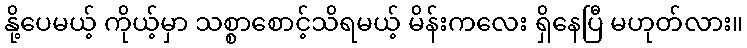
နို့ပေမယ့် ကိုယ့်မှာ သစ္စာစောင့်သိရမယ့် မိန်းကလေး ရှိနေပြီ မဟုတ်လား။